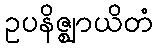
ဥပနိဇ္ဈာယိတံ